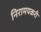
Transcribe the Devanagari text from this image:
निरामयकरी